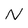
Character: N